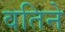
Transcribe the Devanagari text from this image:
वतिने